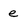
Character: e